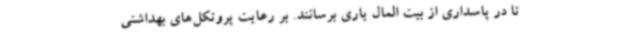
تا در پاسداری از بیت المال یاری برسانند. بر رعایت پروتکل‌های بهداشتی